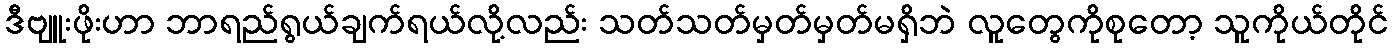
ဒီဗျူးဖိုးဟာ ဘာရည်ရွယ်ချက်ရယ်လို့လည်း သတ်သတ်မှတ်မှတ်မရှိဘဲ လူတွေကိုစုတော့ သူကိုယ်တိုင်